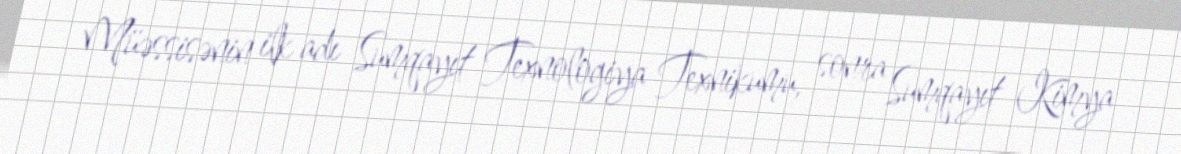
Müəssisənin ilk adı Sumqayıt Texnologiya Texnikumu, sonra Sumqayıt Kimya